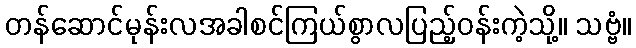
တန်ဆောင်မုန်းလအခါစင်ကြယ်စွာလပြည့်ဝန်းကဲ့သို့။ သဗ္ဗံ။